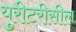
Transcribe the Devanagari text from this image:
युरीटरीसील